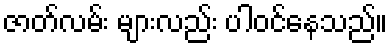
ဇာတ်လမ်း များလည်း ပါဝင်နေသည်။